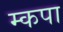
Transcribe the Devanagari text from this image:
म्कपा